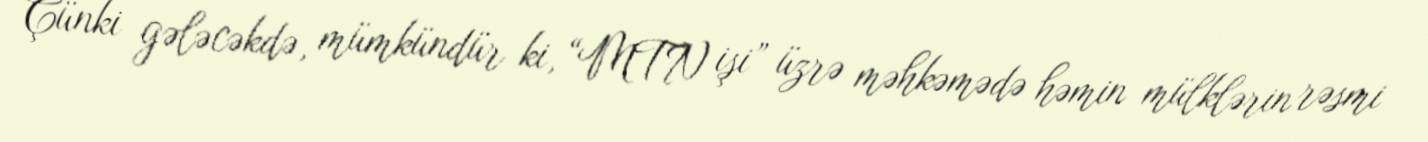
Çünki gələcəkdə, mümkündür ki, “MTN işi” üzrə məhkəmədə həmin mülklərin rəsmi